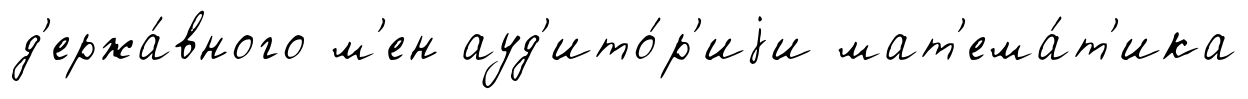
д'ержа́вного м'ен ауд'ито́р'иjи мат'ема́т'ика